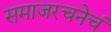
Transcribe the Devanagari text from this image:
समाजरचनेचं